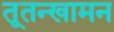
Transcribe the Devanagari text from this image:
तूतन्खामन